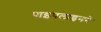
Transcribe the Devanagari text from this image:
पाइपलाइनने